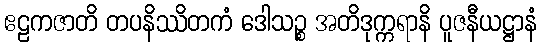
ဧဠကဇာတိ တပနိဿိတကံ ဒေါသဉ္စ အတိဒုက္ကရာနိ ပူဇနီယဋ္ဌာနံ